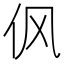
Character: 㐽